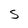
Character: S